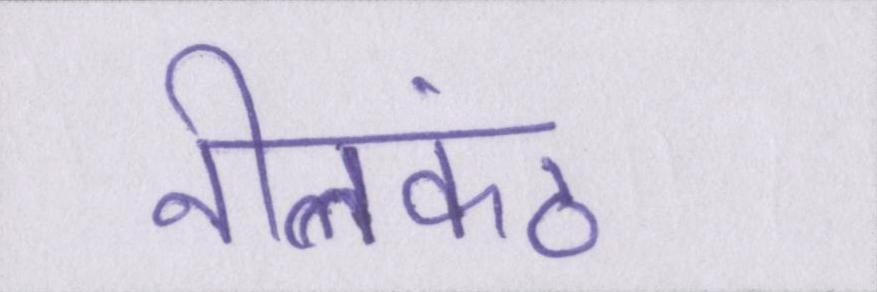
नीलकंठ